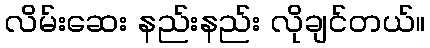
လိမ်းဆေး နည်းနည်း လိုချင်တယ်။